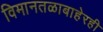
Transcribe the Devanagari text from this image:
विमानतळाबाहेरही